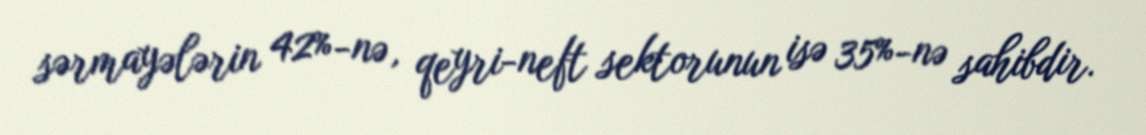
sərmayələrin 42%-nə, qeyri-neft sektorunun isə 35%-nə sahibdir.